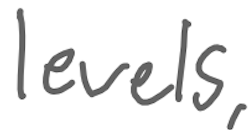
Text: levels,
Cross-out: clean
Writing tool: digital_gray